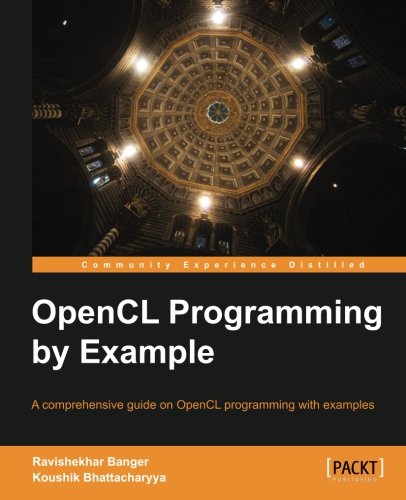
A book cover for OpenCL Programming by Example; Ravishekhar Banger; Computers & Technology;